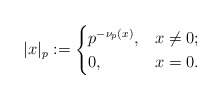
\begin{align*}|x|_p:=\begin{cases}p^{-\nu_p(x)}, & x \neq 0;\\0, & x=0.\end{cases}\end{align*}